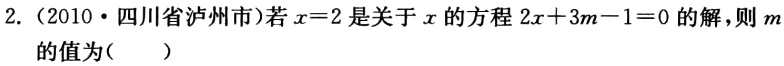
2.（2010·四川省泸州市）若\(x = 2\)是关于\(x\)的方程\(2x + 3m - 1 = 0\)的解，则\(m\)的值为（  ）